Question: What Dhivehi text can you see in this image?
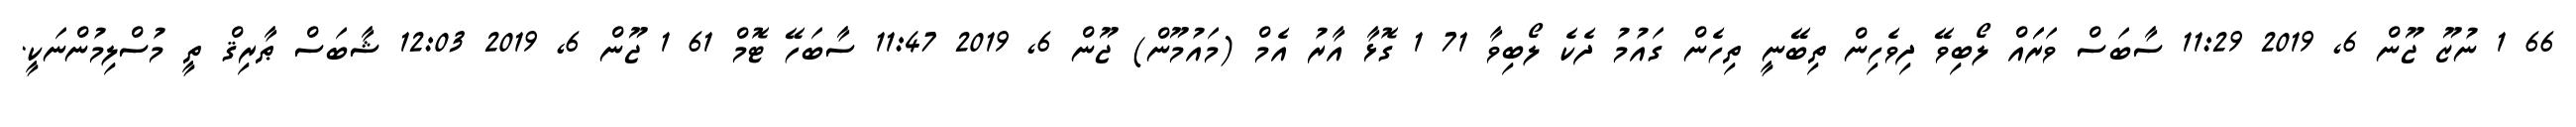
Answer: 66 1 ނުޒޫ ޖޫން 6, 2019 11:29 ސާބަސް ވަރަައް ލޯބިވޭ ދިވެހިން ތިބޭނީ ތިހެން ގައުމު ދެކެ ލޯބިވާ 71 1 ގޮޅާ އާރު އެމް (މައުމޫން) ޖޫން 6, 2019 11:47 ސާބަހޭ ޓޮމް 61 1 ޖޫން 6, 2019 12:03 ޝާބަސް ޠާރިޤް ތީ މުސްލިމުންނަކީ.